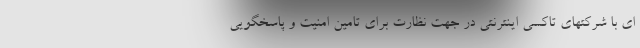
ای با شرکتهای تاکسی اینترنتی در جهت نظارت برای تامین امنیت و پاسخگویی